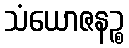
သံယောဇနဉ္စ